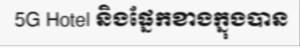
5G Hotel និងផ្នែកខាងក្នុងបាន